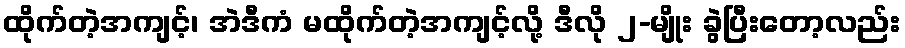
ထိုက်တဲ့အကျင့်၊ အဲဒီကံ မထိုက်တဲ့အကျင့်လို့ ဒီလို ၂-မျိုး ခွဲပြီးတော့လည်း